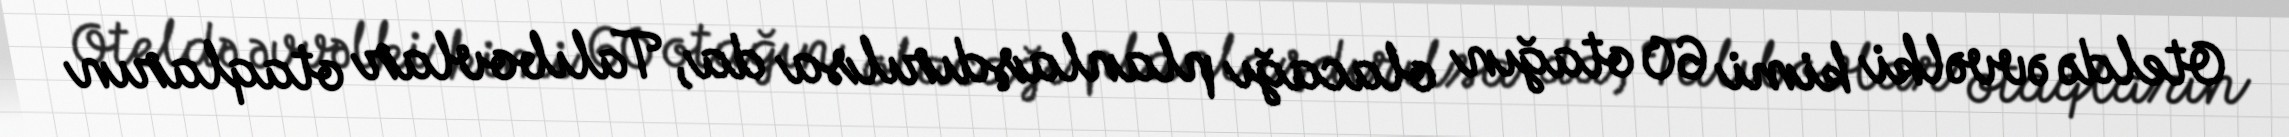
Oteldə əvvəlki kimi 60 otağın olacağı planlaşdırılsa da, Talıbovlar otaqların